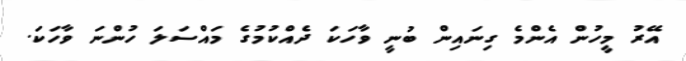
އޭރު މީހުން އެންމެ ގިނައިން ބުނީ ވާހަކަ ދެއްކުމުގެ މައްސަލަ ހުންނަ ވާހަކަ.